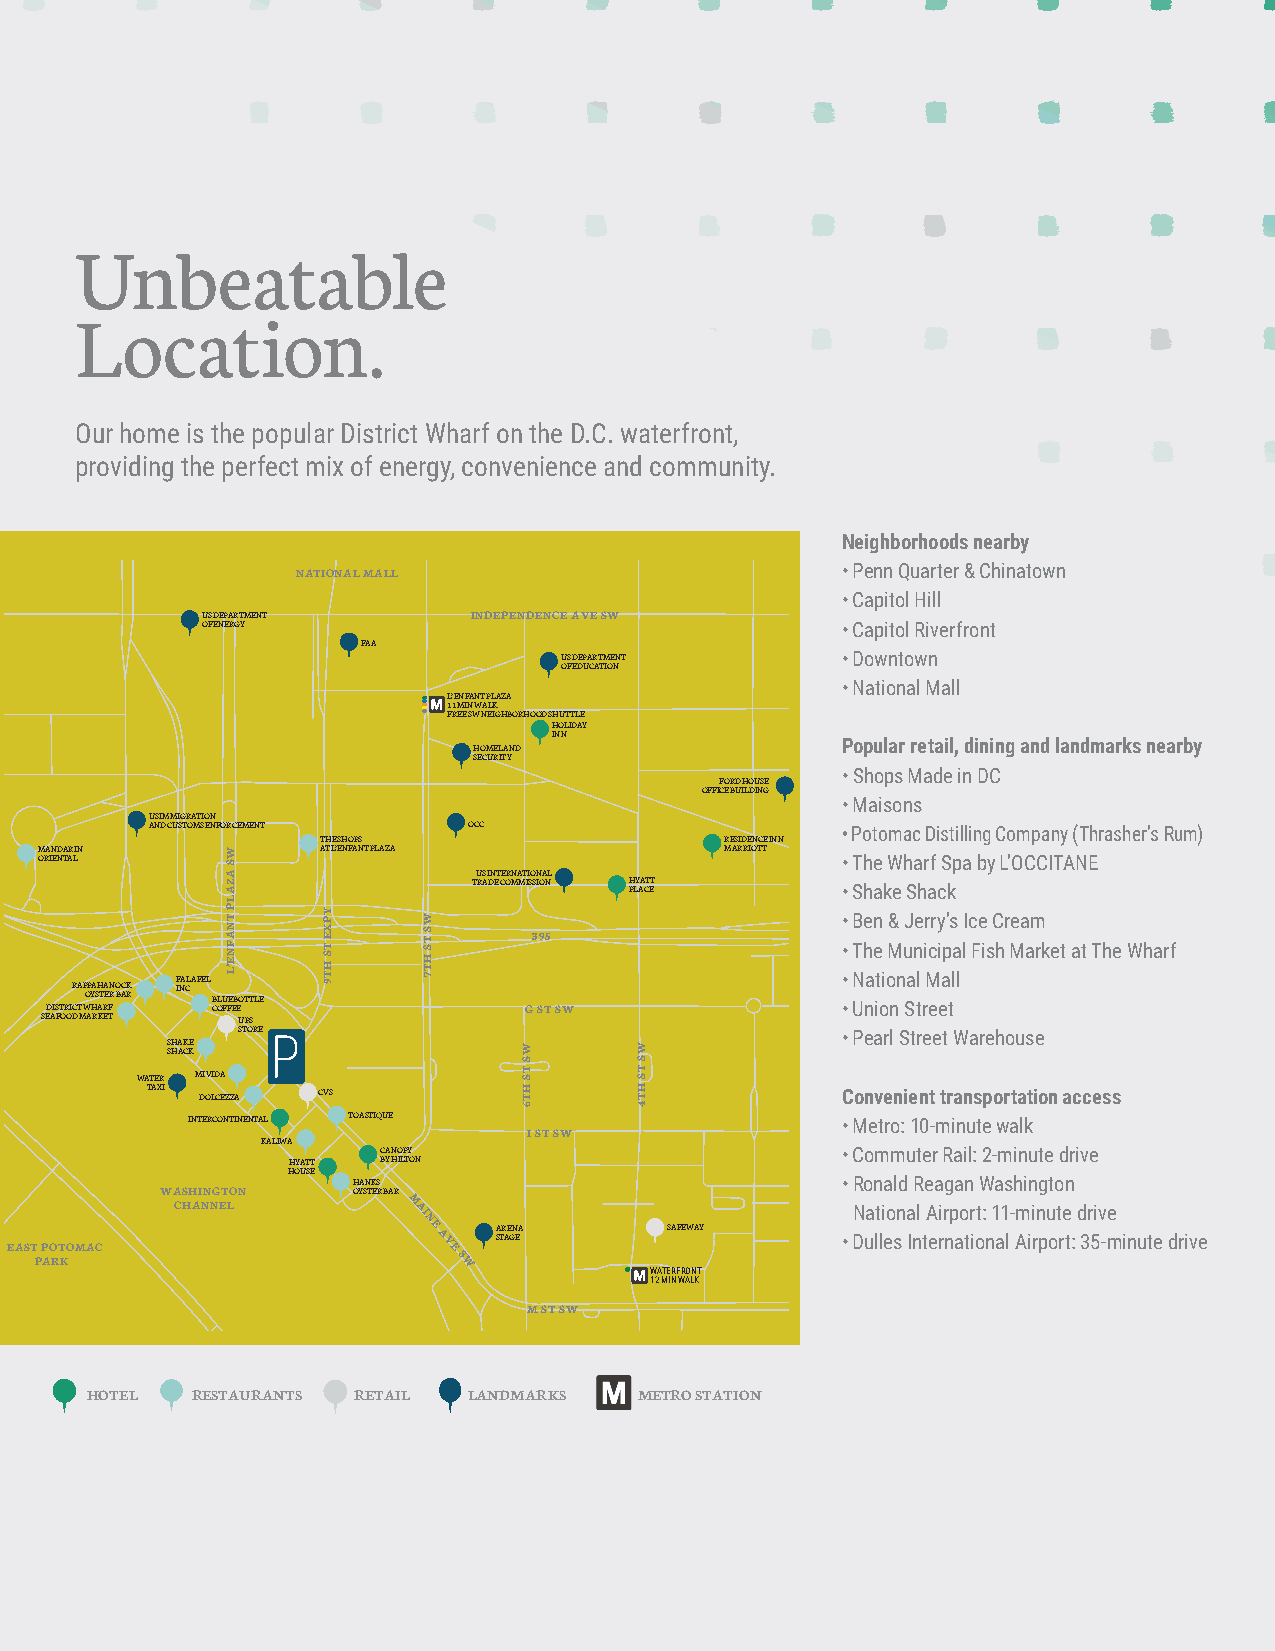
Unbeatable
 Location.
 Our home is the popular District Wharf on the D.C. waterfront,
 providing the perfect mix of energy, convenience and community.
 Neighborhoods nearby
 NATIONAL MALL                       • Penn Quarter & Chinatown
 • Capitol Hill
 US DEPARTMENT     INDEPENDENCE AVE SW
 OF ENERGY                                  • Capitol Riverfront
 FAA
 US DEPARTMENT      • Downtown
 OF EDUCATION
 • National Mall
 L’ENFANT PLAZA
 11 MIN WALK
 FREE SW NEIGHBORHOOD SHUTTLE
 HOLIDAY
 INN
 HOMELAND                 Popular retail, dining and landmarks nearby
 SECURITY
 • Shops Made in DC
 FORD HOUSE
 OFFICE BUILDING
 • Maisons
 US IMMIGRATION
 AND CUSTOMS ENFORCEMENT OCC                   • Potomac Distilling Company (Thrasher’s Rum)
 THE SHOPS                  RESIDENCE INN
 MANDARIN          AT L’ENFANT PLAZA          MARRIOTT
 ORIENTAL                                             • The Wharf Spa by L’OCCITANE
 US INTERNATIONAL
 TRADE COMMISSION HYATT
 PLACE         • Shake Shack
 • Ben & Jerry’s Ice Cream
 395
 • The Municipal Fish Market at The Wharf
 DISTRIR CTA WP OP
 Y
 HA SH
 AT
 RA
 E
 FN
 R
 O BACK
 R
 F INA CLAFEL
 CB OLU FFE E B EOTTLE G ST SW
 •
 •
 N Una it oio nn Sa tl rM eea tll
 SEAFOOD MARKET UPS
 STORE                                   • Pearl Street Warehouse
 SHAKE SHACK
 WATER MI VIDA
 TAXI DOLCEZZA CVS                             Convenient transportation access
 INTERCONTINENTAL TOASTIQUE                  • Metro: 10-minute walk
 I ST SW
 KALIWA
 CANOPY                         • Commuter Rail: 2-minute drive
 HYATT BY HILTON
 HOUSE
 HANKS                            • Ronald Reagan Washington
 WASHINGTON  OYSTER BAR
 CHANNEL        M AI                         National Airport: 11-minute drive
 NE
 ARENA      SAFEWAY
 EAST
 P
 P AO RT KOMAC             A VE
 S W
 STAGE                  • Dulles International Airport: 35-minute drive
 WATERFRONT
 12 MIN WALK
 M ST SW
 hotel  restaurants retail landmarks metro station
 WS
 AZALP
 TNAFNE’L
 YPXE
 TS
 HT9
 WS
 TS
 HT7
 WS
 TS
 HT6
 WS
 TS
 HT4